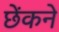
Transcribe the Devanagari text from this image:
छेंकने